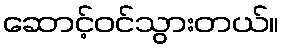
ဆောင့်ဝင်သွားတယ်။